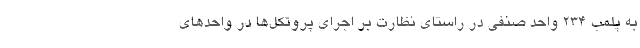
به پلمب ۲۳۴ واحد صنفی در راستای نظارت بر اجرای پروتکل‌‌ها در واحدهای